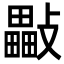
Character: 𣀜